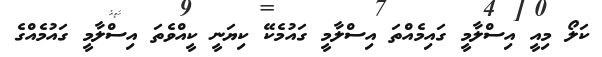
ކަލޯ މިއީ އިސްލާމީ ގައިމެއްތަ އިސްލާމީ ގައުމެކޭ ކިޔަނީ ކީއްވެތަ އިސްލާމީ ގައުމެއްގެ